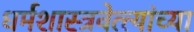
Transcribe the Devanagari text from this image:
धर्मशास्त्रवेत्त्यांच्या